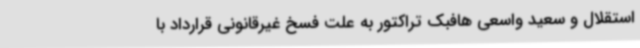
استقلال و سعید واسعی هافبک تراکتور به علت فسخ غیرقانونی قرارداد با